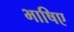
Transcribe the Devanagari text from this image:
भाषिए